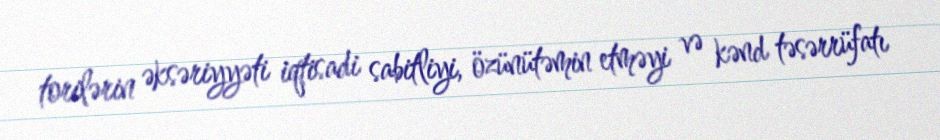
torilərin əksəriyyəti iqtisadi sabitliyi, özünütəmin etməyi və kənd təsərrüfatı